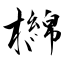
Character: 檰